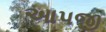
આપજી